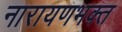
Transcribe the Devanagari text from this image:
नारायणभक्त